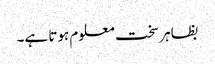
بظاہر سخت معلوم ہوتا ہے۔